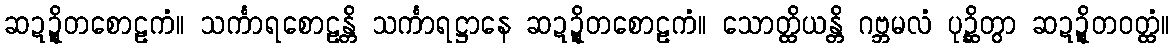
ဆဍ္ဍိတစောဠကံ။ သင်္ကာရစောဠန္တိ သင်္ကာရဋ္ဌာနေ ဆဍ္ဍိတစောဠကံ။ သောတ္ထိယန္တိ ဂဗ္ဘမလံ ပုဉ္ဆိတွာ ဆဍ္ဍိတဝတ္ထံ။